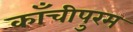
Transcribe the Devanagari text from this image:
काँचीपुरम